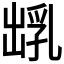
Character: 𪞺